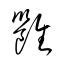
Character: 雝